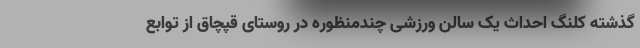
گذشته کلنگ احداث یک سالن ورزشی چندمنظوره در روستای قپچاق از توابع